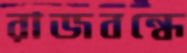
রাজবন্ধে